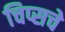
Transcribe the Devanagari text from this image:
चिप्सचे